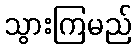
သွားကြမည်